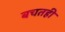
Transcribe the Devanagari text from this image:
बचतही